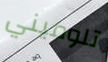
تلوميني